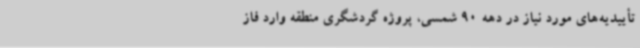
تأییدیه‌های مورد نیاز در دهه 90 شمسی، پروژه گردشگری منطقه وارد فاز